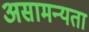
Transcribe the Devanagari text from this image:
असामन्यता